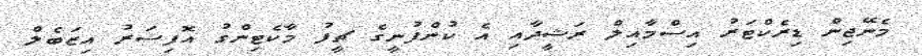
މެނޭޖިން ޑިރެކްޓަރު އިސްމާއިލް ރަޝީދާއި އެ ކުންފުނީގެ ޗީފު މާކެޓިންގު އޮފިސަރު އިޒަބެލް